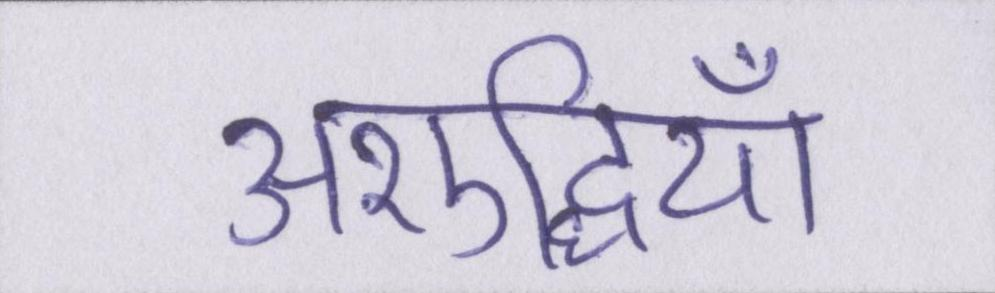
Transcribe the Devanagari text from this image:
अशुद्धियाँ